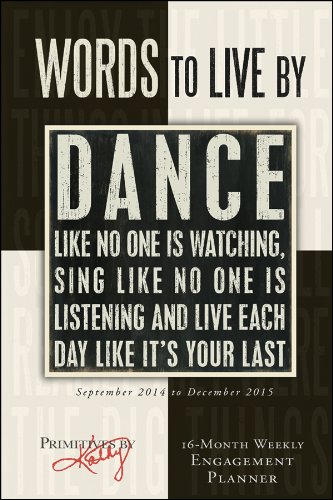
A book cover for Words to Live by 2015 Weekly Engagement Calendar; Sellers Publishing Inc; Calendars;